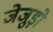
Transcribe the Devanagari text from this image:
जेजुड़ो